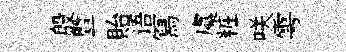
殷曁貽语冩虞粧咲雩